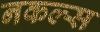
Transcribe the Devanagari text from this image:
नकल्स